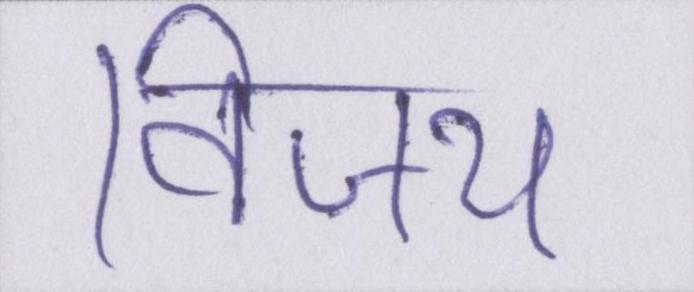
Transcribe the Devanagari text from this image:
विजय